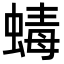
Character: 蝳